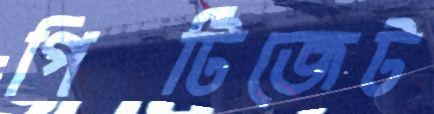
পিটিজেট